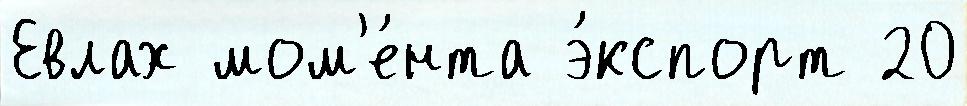
Евлах мом'е́нта э́кспорт 20